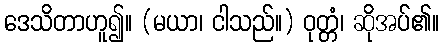
ဒေသိတာဟူ၍။ (မယာ၊ ငါသည်။) ဝုတ္တံ၊ ဆိုအပ်၏။